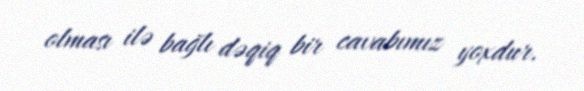
olması ilə bağlı dəqiq bir cavabımız yoxdur.